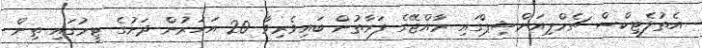
އެތުލެޓިކްސް ޗެމްޕިއަންޝިޕްގައި ރާއްޖޭގެ ފަރާތުން ބައިވެރިވާ 20 އަހަރުން ދަށުގެ ޓީމުގައި ތިން